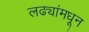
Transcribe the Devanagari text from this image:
लढ्यांमधून